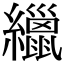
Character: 𦆻